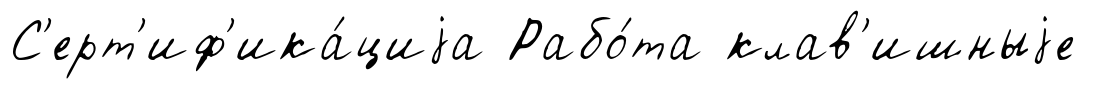
С'ерт'иф'ика́циjа Рабо́та клав'ишныjе